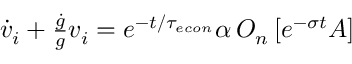
\begin{array} { r } { \dot { v } _ { i } + \frac { \dot { g } } { g } v _ { i } = e ^ { - t / { \tau _ { e c o n } } } \alpha \, O _ { n } \left[ e ^ { - \sigma t } A \right] } \end{array}